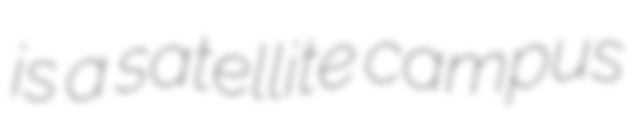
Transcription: is a satellite campus